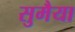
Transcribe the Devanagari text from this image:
सुमैया